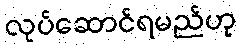
လုပ်ဆောင်ရမည်ဟု